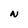
Character: N